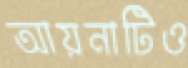
আয়নাটিও